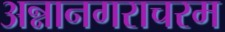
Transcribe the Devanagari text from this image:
अन्नानगराचरम